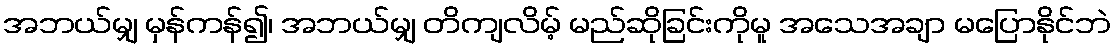
အဘယ်မျှ မှန်ကန်၍၊ အဘယ်မျှ တိကျလိမ့် မည်ဆိုခြင်းကိုမူ အသေအချာ မပြောနိုင်ဘဲ